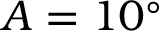
A = 1 0 ^ { \circ }